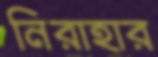
নিরাহার